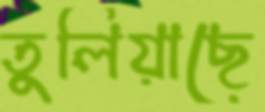
তুলিয়াছে